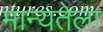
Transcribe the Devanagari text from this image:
मान्यतेला